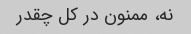
نه، ممنون در کل چقدر